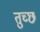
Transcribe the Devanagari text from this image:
तुच्‍छ